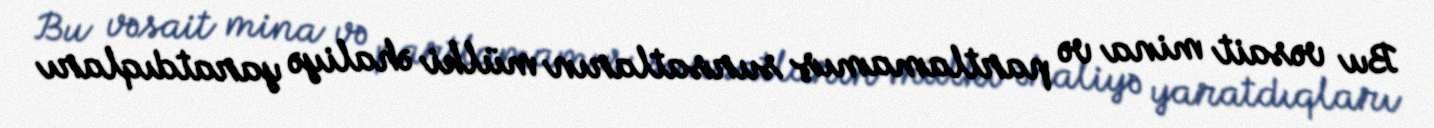
Bu vəsait mina və partlamamış sursatların mülki əhaliyə yaratdıqları